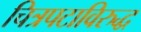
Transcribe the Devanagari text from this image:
चित्रपटाविरुद्ध